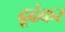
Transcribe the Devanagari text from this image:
ढूढंकर